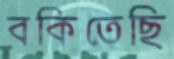
বকিতেছি